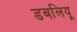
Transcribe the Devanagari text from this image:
डबलियू